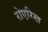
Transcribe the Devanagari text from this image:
रोएरिख